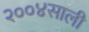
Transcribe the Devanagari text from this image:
२००४साली